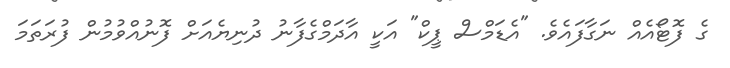
ގެ ފޮޓޯއެއް ނަގާފައެވެ. "އެޑަމްސް ޕީކް" އަކީ އާދަމްގެފާނު ދުނިޔެއަށް ފޮނުއްވުމުން ފުރަތަމަ